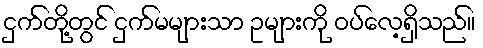
ငှက်တို့တွင် ငှက်မများသာ ဥများကို ဝပ်လေ့ရှိသည်။